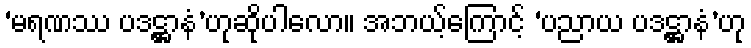
‘မရဏဿ ပဒဋ္ဌာနံ’ဟုဆိုပါလော။ အဘယ့်ကြောင့် ‘ပညာယ ပဒဋ္ဌာနံ’ဟု